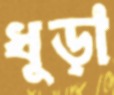
ধুড়া